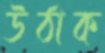
উঠাক